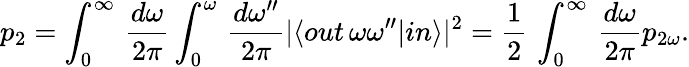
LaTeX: p_{2}=\int_{0}^{\infty}\, \frac{d\omega}{2\pi}\int_{0}^{\omega}\, \frac{d\omega^{\prime\prime}}{2\pi}\vert\langle out\, \omega\omega^{\prime\prime}\vert in\rangle\vert^{2}=\frac 12\, \int_{0}^{\infty}\, \frac{d\omega}{2\pi}p_{2\omega}.